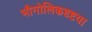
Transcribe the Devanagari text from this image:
भौगोलिकदृष्टया